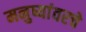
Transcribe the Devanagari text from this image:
मनुष्यांवरचे